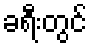
ခရီးတွင်